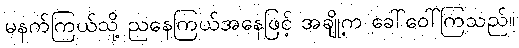
မနက်ကြယ်သို့ ညနေကြယ်အနေဖြင့် အချို့က ခေါ်ဝေါ်ကြသည်။